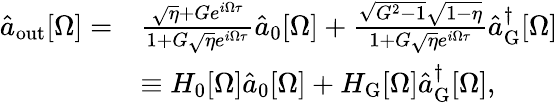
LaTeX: \begin{array}{rl}{\hat{a}_{\mathrm{out}}[\Omega]=}&{\frac{\sqrt{\eta}+Ge^{i\Omega\tau}}{1+G\sqrt{\eta}e^{i\Omega\tau}}\hat{a}_{0}[\Omega]+\frac{\sqrt{G^{2}-1}\sqrt{1-\eta}}{1+G\sqrt{\eta}e^{i\Omega\tau}}\hat{a}_{\mathrm{G}}^{\dagger}[\Omega]}\\ &{\equiv H_{0}[\Omega]\hat{a}_{0}[\Omega]+H_{\mathrm{G}}[\Omega]\hat{a}_{\mathrm{G}}^{\dagger}[\Omega],}\end{array}